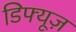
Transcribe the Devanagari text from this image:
डिफ्यूज़